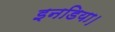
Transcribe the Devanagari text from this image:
इनडिया।